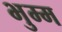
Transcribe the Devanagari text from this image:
भुम्म